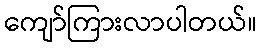
ကျော်ကြားလာပါတယ်။